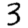
Digit: 3